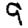
Digit: 9